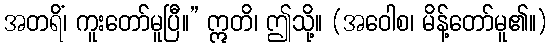
အတရိံ၊ ကူးတော်မူပြီ။” ဣတိ၊ ဤသို့။ (အဝေါစ၊ မိန့်တော်မူ၏။)